Report on vaccination North-West Frontier Province 1904-1922 - 1904-1922
Year: 1904
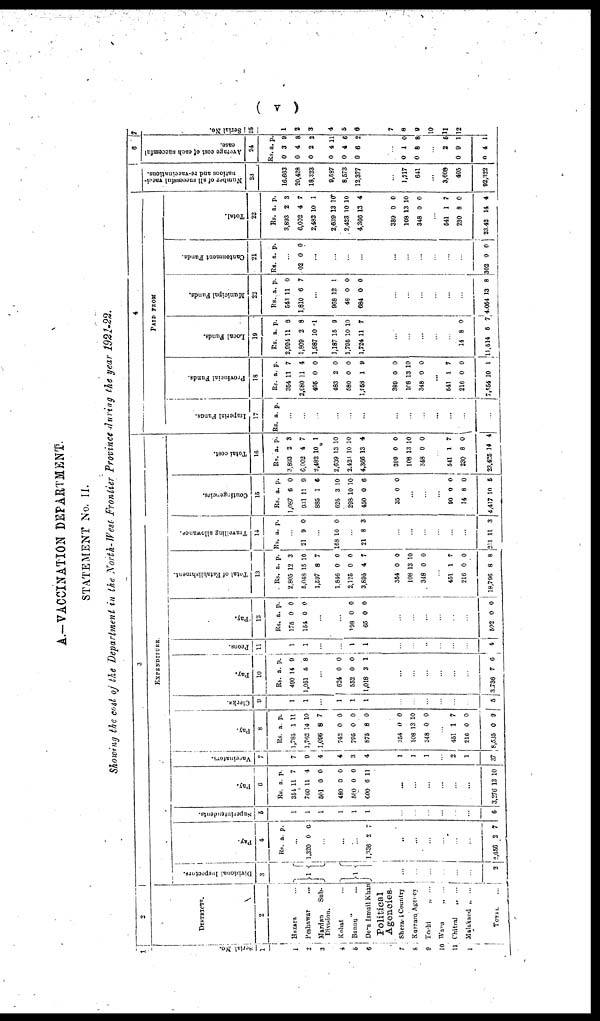
( A )
A.—VACCINATION DEPARTMENT.
STATEMENT No. II.
Showing the cost of the Department in the North-West Frontier Province during the year 1921-22.
Serial No.
1
1
2
3
4
5
6
7
8
9
10
11
12
2
DISTRICTS.
2
Hazara ...
Peshawar ...
Mardan
Sub-
Division.
Kohat ...
Bannu ...
Dera Ismail Khan
Political
Agencies
Sherani Country
Kurram Agency
Tochi
„ ...
Wana
„ ...
Chitral
„ ...
Malakand „ ...
TOTAL
...
3
EXPENDITURE.
Divisional Inspectors.
3
1
1
...
...
...
...
...
...
2
Pay.
4
Rs. a. p.
...
1,320 0 0
...
...
...
1,336 2 7
...
...
...
...
...
...
2,656 2 7
Superintendents.
5
1
1
1
1
1
1
...
...
...
...
...
...
6
Pay.
6
Rs.
354
760
501
480
580
600
a.
11
11
0
0
0
6
p.
7
4
0
0
0
11
...
...
...
...
...
...
3,276 13 10
Vaccinators.
7
7
0
4
4
3
4
1
1
1
...
2
1
37
Pay.
8
Rs.
1,785
1,762
1,096
742
795
875
354
108
348
a.
1
14
8
0
0
8
0
13
0
p.
11
10
7
0
0
0
0
10
0
...
451
216
8,535
1
0
0
7
0
9
Clerks.
9
1
1
...
1
1
1
...
...
...
...
...
...
5
Pay.
10
Rs.
490
1,051
a.
14
5
p.
9
8
...
624
552
1,018
0
0
3
0
0
1
...
...
...
...
...
...
3,736 7 6
Peons.
11
1
1
...
...
1
1
...
...
...
...
...
...
4
Pay.
12
Rs.
175
154
a.
0
0
p.
0
0
...
...
198
65
0
0
0
0
...
...
...
...
...
...
592 0 0
Total of Establishment.
13
Rs.
2,805
5,048
1,507
1,846
2,125
3,895
354
108
348
a.
12
15
8
0
0
4
0
13
0
p.
3
10
7
0
0
7
0
10
0
...
451
216
18,796
1
0
8
7
0
8
Travelling allowance.
14
Rs. a. p.
...
21 9 0
...
168 10 0
...
21 6 3
...
...
...
...
...
...
211 11 3
Contingencies.
15
Rs.
1,087
931
885
625
298
450
35
a.
6
11
1
3
10
0
0
p.
0
9
6
10
10
6
0
...
...
...
90
14
4,417
0
8
10
0
0
5
Total cost.
16
Rs.
3,893
6,002
2,482
2,639
2,423
4,366
389
108
348
a.
2
4
10
13
10
13
0
13
0
p.
3
7
1
10
10
4
0
10
0
...
541
230
23,425
1
8
14
7
0
4
PAID FROM
Imperial Funds.
17
Rs. a. p.
...
...
...
...
...
...
...
...
...
...
...
...
...
Provincial Funds.
18
Rs.
354
2,080
495
483
580
1,958
389
108
348
a.
11
11
0
2
0
1
0
13
0
p.
7
4
0
0
0
9
0
10
0
...
541
216
7,554
1
0
10
7
0
1
Local Funds.
19
Rs.
2,994
1,809
1,987
1,187
1,795
1,724
a.
11
2
10
15
10
11
p.
8
8
1
9
10
7
...
...
...
...
...
14
11,514
8
6
0
7
Municipal Funds.
22
Rs.
543
1,810
a.
11
6
p.
0
7
...
968
48
684
12
0
0
1
0
0
...
...
...
...
...
...
4,054 13 8
Cantonment Funds.
21
Rs. a. p.
...
02 0 0
...
...
...
...
...
...
...
...
...
...
302 0 0
Total.
22
Rs.
3,893
6,002
2,482
2,639
2,423
4,366
389
108
348
a.
2
4
10
13
10
13
0
13
0
p.
3
7
1
10
10
4
0
10
0
...
541
230
23.42
1
8
14
7
0
4
Number of all successful vacci-
nations and re-vaccinations.
23
16,663
20,428
18,323
9,587
8,573
12,377
...
1,717
641
...
3,608
405
92,322
6
Average cost of each successful
case.
24
Rs.
0
0
0
0
0
0
a.
3
4
2
4
4
6
p.
9
8
2
11
6
2
...
0
0
1
8
0
8
...
0
0
2
9
4
5
1
1
7
Serial No.
25
1
2
3
4
5
6
7
8
9
10
11
12